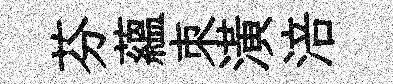
芬藴朿潢涪